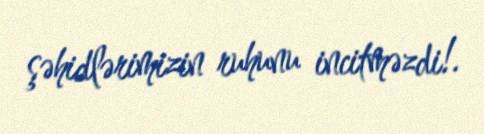
şəhidlərimizin ruhunu incitməzdi!.